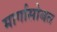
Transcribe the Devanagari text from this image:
मार्गासोबत